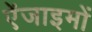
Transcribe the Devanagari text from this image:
ऐंजाइमों